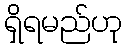
ရှိရမည်ဟု